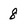
Character: 8